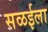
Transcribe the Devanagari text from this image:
सळईला